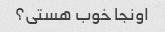
اونجا خوب هستی؟